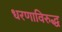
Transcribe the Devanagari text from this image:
धरणाविरुद्ध